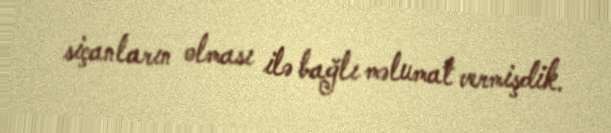
siçanların olması ilə bağlı məlumat vermişdik.